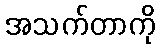
အသက်တာကို